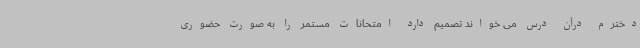
دخترم درآن درس می خواند تصمیم دارد امتحانات مستمر را به صورت حضوری